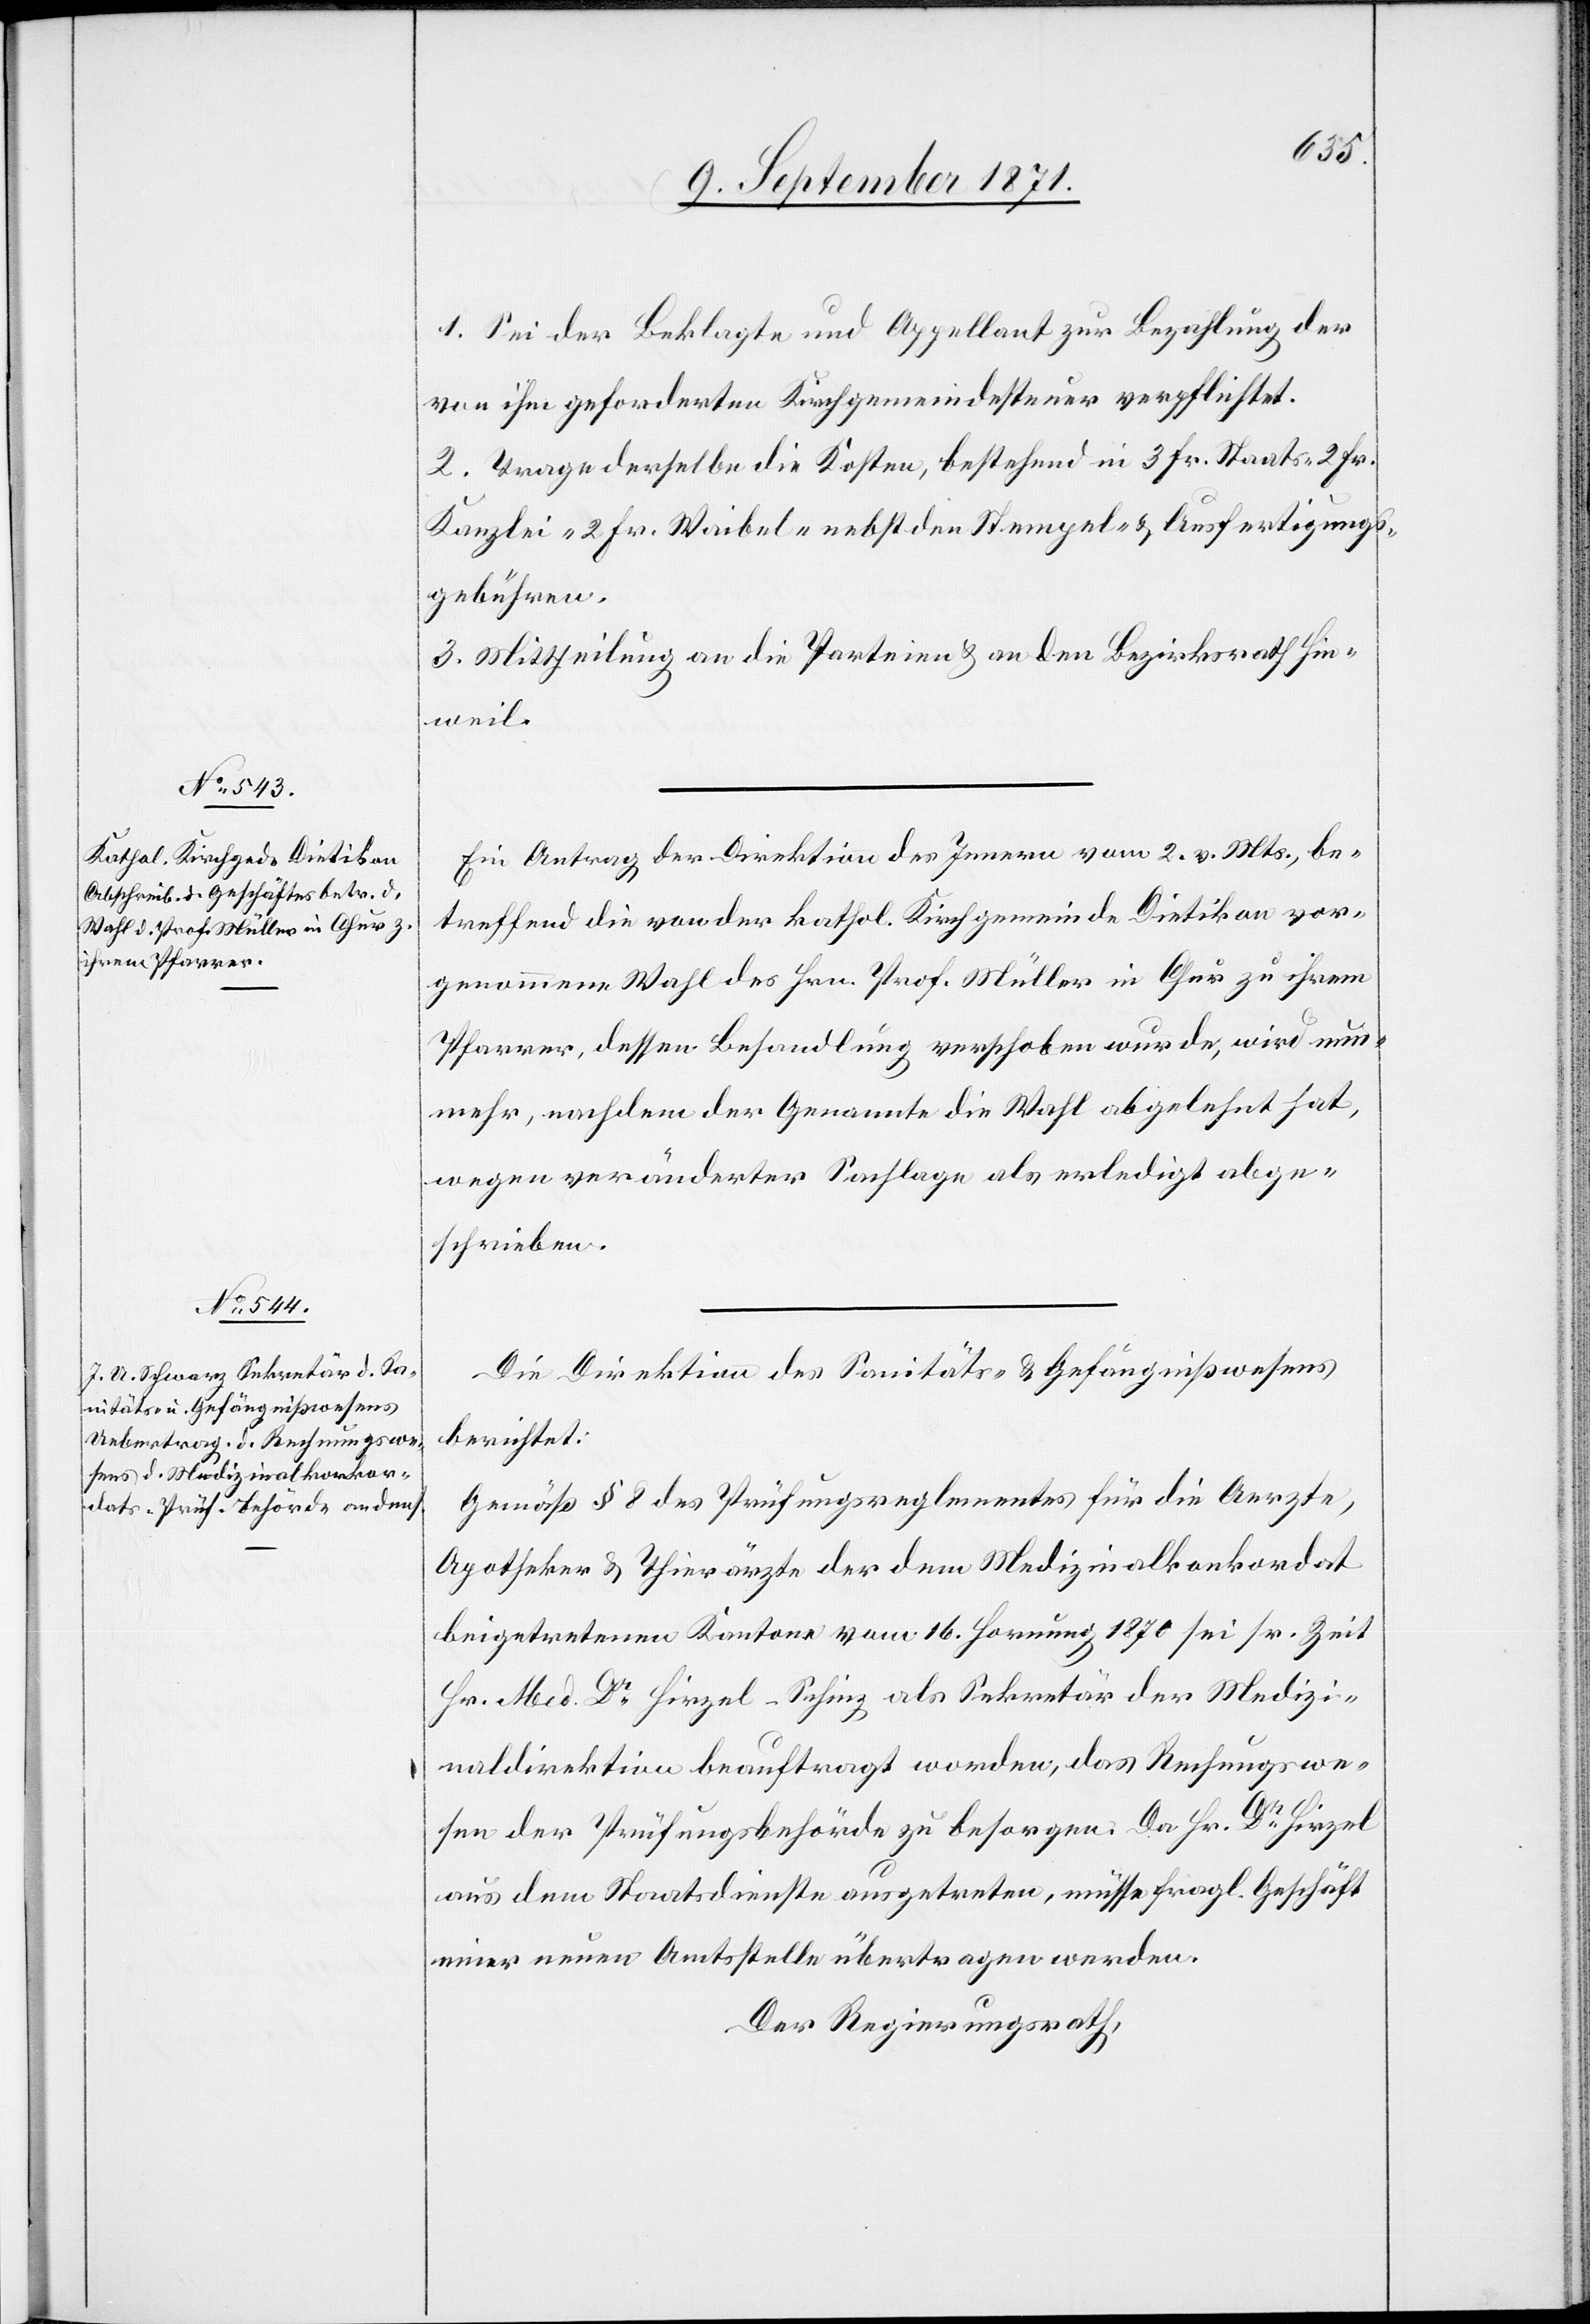
1. Sei der Beklagte und Appellant zur Bezahlung der
von ihm geforderten Kirchgemeindesteuer verpflichtet.
2. Trage derselbe die Kosten, bestehend in 3 Fr. Staats-[,] 2 Fr.
Kanzlei-[,] 2 Fr. Waibel-[,] nebst den Stempel- & Ausfertigungs¬
gebühren.
3. Mittheilung an die Parteien & an den Bezirksrath Hin¬
weil.
Ein Antrag der Direktion des Innern vom 2. v. Mts., be¬
treffend die von der kathol. Kirchgemeinde Dietikon vor¬
genommene Wahl des Hrn. Prof. Müller in Chur zu ihrem
Pfarrer, dessen Behandlung verschoben wurde, wird nun¬
mehr, nachdem der Genannte die Wahl abgelehnt hat,
wegen veränderter Sachlage als erledigt abge¬
schrieben.
Die Direktion des Sanitäts- & Gefängnißwesens
berichtet:
Gemäß § 8 des Prüfungsreglementes für die Aerzte,
Apotheker & Thierärzte der dem Medizinalkonkordat
beigetretenen Kantone vom 16. Hornung 1870 sei sr. Zeit
Hr. Med. Dr Hirzel-Schiez als Sekretär der Medizi¬
naldirektion beauftragt worden, das Rechnungswe¬
sen der Prüfungsbehörde zu besorgen. Da Hr. Dr Hirzel
aus dem Staatsdienste ausgetreten, müsse fragl. Geschäft
einer neuen Amtsstelle übertragen werden.
Der Regierungsrath,